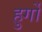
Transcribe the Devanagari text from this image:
हुर्गो